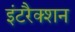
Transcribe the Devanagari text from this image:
इंटरैक्शन